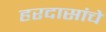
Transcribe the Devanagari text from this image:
हरदासांचे